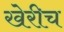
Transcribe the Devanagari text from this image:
खेरीच